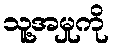
သူ့အမှုကို